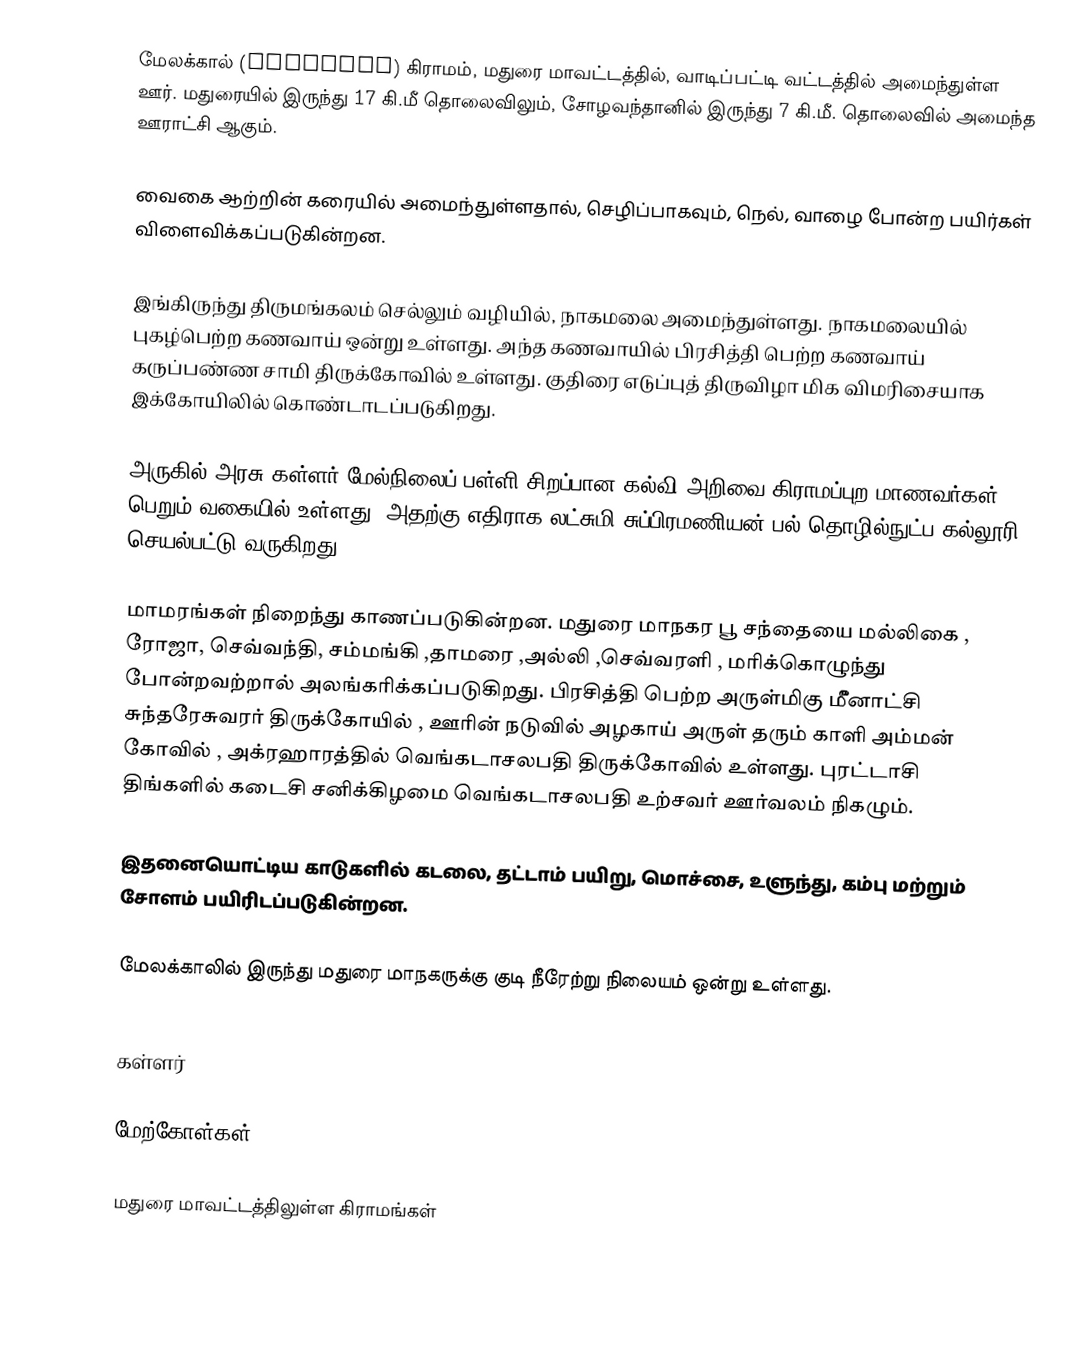
மேலக்கால் (Melakkal) கிராமம்,  மதுரை மாவட்டத்தில், வாடிப்பட்டி வட்டத்தில் அமைந்துள்ள ஊர். மதுரையில் இருந்து 17 கி.மீ தொலைவிலும், சோழவந்தானில் இருந்து 7 கி.மீ. தொலைவில் அமைந்த ஊராட்சி ஆகும்.

வைகை ஆற்றின் கரையில் அமைந்துள்ளதால், செழிப்பாகவும்,  நெல், வாழை போன்ற பயிர்கள் விளைவிக்கப்படுகின்றன.

இங்கிருந்து திருமங்கலம் செல்லும் வழியில், நாகமலை அமைந்துள்ளது.  நாகமலையில்  புகழ்பெற்ற   கணவாய்   ஒன்று   உள்ளது.  அந்த கணவாயில் பிரசித்தி     பெற்ற கணவாய் கருப்பண்ண சாமி திருக்கோவில் உள்ளது.   குதிரை  எடுப்புத் திருவிழா மிக விமரிசையாக இக்கோயிலில் கொண்டாடப்படுகிறது.

அருகில் அரசு கள்ளர் மேல்நிலைப் பள்ளி சிறப்பான கல்வி அறிவை கிராமப்புற மாணவர்கள்   பெறும் வகையில் உள்ளது. அதற்கு எதிராக லட்சுமி சுப்பிரமணியன் பல்  தொழில்நுட்ப  கல்லூரி  செயல்பட்டு வருகிறது.

மாமரங்கள்  நிறைந்து   காணப்படுகின்றன. மதுரை மாநகர  பூ  சந்தையை  மல்லிகை , ரோஜா, செவ்வந்தி,  சம்மங்கி  ,தாமரை ,அல்லி  ,செவ்வரளி , மரிக்கொழுந்து போன்றவற்றால் அலங்கரிக்கப்படுகிறது. பிரசித்தி பெற்ற அருள்மிகு மீீனாட்சி சுந்தரேசுவரர் திருக்கோயில் , ஊரின் நடுவில் அழகாய் அருள் தரும்    காளி  அம்மன் கோவில் ,  அக்ரஹாரத்தில் வெங்கடாசலபதி திருக்கோவில் உள்ளது.  புரட்டாசி திங்களில்  கடைசி   சனிக்கிழமை  வெங்கடாசலபதி உற்சவர் ஊர்வலம் நிகழும்.

இதனையொட்டிய காடுகளில் கடலை, தட்டாம் பயிறு, மொச்சை, உளுந்து, கம்பு மற்றும் சோளம் பயிரிடப்படுகின்றன.

மேலக்காலில் இருந்து மதுரை மாநகருக்கு குடி நீரேற்று நிலையம் ஒன்று உள்ளது.

கள்ளர்

மேற்கோள்கள்

 மதுரை மாவட்டத்திலுள்ள கிராமங்கள்